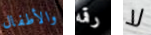
والأطفال رقمه لا